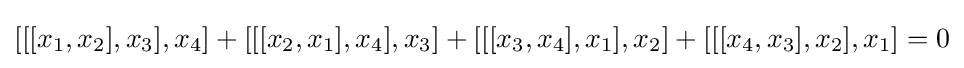
[[[x_{1},x_{2}],x_{3}],x_{4}]+[[[x_{2},x_{1}],x_{4}],x_{3}]+[[[x_{3},x_{4}],x_{1}],x_{2}]+[[[x_{4},x_{3}],x_{2}],x_{1}]=0